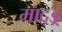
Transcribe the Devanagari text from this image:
माद्ड्र्